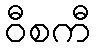
ဝီစကီ